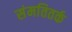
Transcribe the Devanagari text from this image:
संमतितर्क